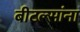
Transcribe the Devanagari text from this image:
बीटल्सांना